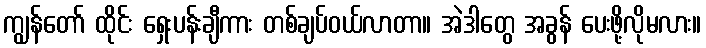
ကျွန်တော် ထိုင်း ရှေးပန်းချီကား တစ်ချပ်ဝယ်လာတာ။ အဲဒါတွေ အခွန် ပေးဖို့လိုမလား။